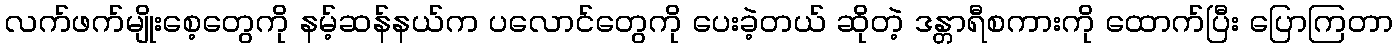
လက်ဖက်မျိုးစေ့တွေကို နမ့်ဆန်နယ်က ပလောင်တွေကို ပေးခဲ့တယ် ဆိုတဲ့ ဒန္တာရီစကားကို ထောက်ပြီး ပြောကြတာ